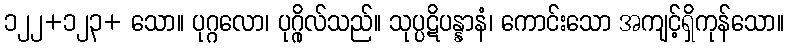
၁၂၂+၁၂၃+ သော။ ပုဂ္ဂလော၊ ပုဂ္ဂိုလ်သည်။ သုပ္ပဋိပန္နာနံ၊ ကောင်းသော အကျင့်ရှိကုန်သော။